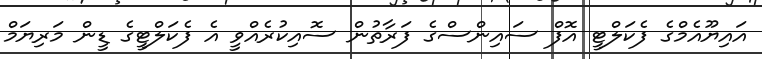
އައިޔޫއެމްގެ ފެކަލްޓީ އޮފް ސައިންސްގެ ފަރާތުން ސޮއިކުރެއްވީ އެ ފެކަލްޓީގެ ޑީން މަރިޔަމް